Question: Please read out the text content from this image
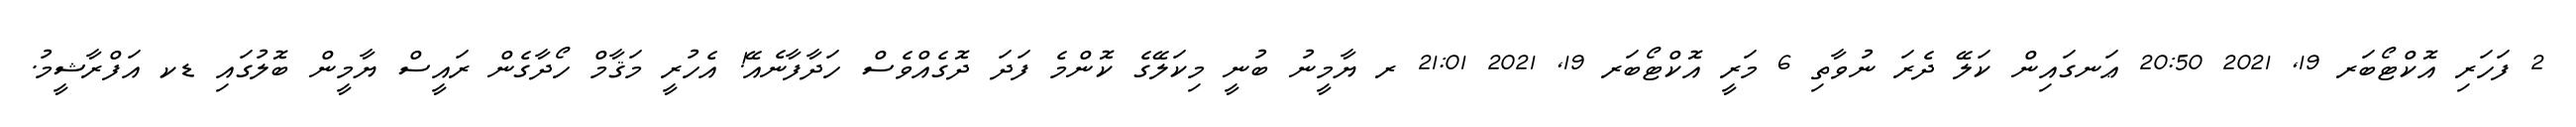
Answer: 2 ފަހަރި އޮކްޓޯބަރ 19, 2021 20:50 ޢަނގައިން ކަލޭ ދެރަ ނުވާތި 6 މަރީ އޮކްޓޯބަރ 19, 2021 21:01 ރ ޔާމީނު ބުނީ މިކަލޭގެ ކޮންމެ ފަދަ ދޮގެއްވެސް ހަދާފާނެއޭ! އެހުރީ މަޤާމް ހޯދާގެން ރައީސް ޔާމީން ބޮލުގައި ޑކ އަފްރާޝީމު.